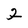
Character: 2